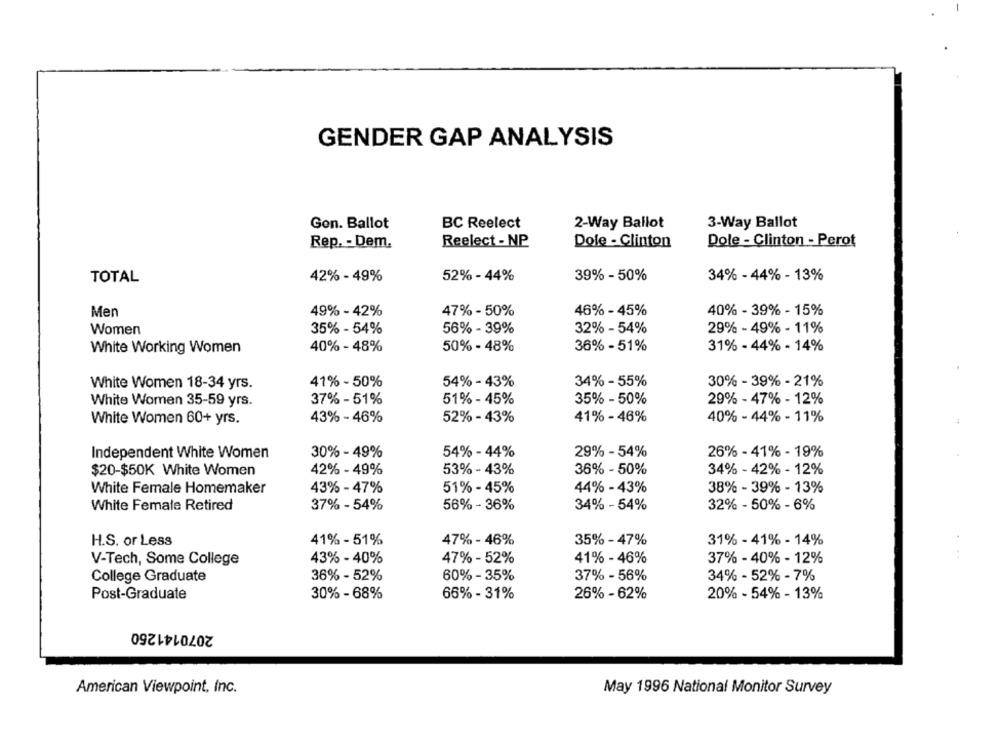
GENDER GAP ANALYSIS
Gon. Ballot
BC Reelect
2-Way Ballot
3-Way Ballot
Rep. - Dem.
Reelect - NP
Dole - Clinton
Dole - Clinton - Perot
TOTAL
42% - 49%
52% - 44%
39% - 50%
34% - 44% - 13%
49% - 42%
47% - 50%
46% - 45%
40% - 39% - 15%
Men
Women
35% - 54%
56% - 39%
32% - 54%
29% - 49% - 11%
White Working Women
40% - 48%
50% - 48%
36% - 51%
31% - 44% - 14%
White Women 18-34 yrs.
41% - 50%
54% - 43%
34% - 55%
30% - 39% - 21%
37% - 51%
51% - 45%
35% - 50%
29% - 47% - 12%
White Women 35-59 yrs.
White Women 60+ yrs.
43% - 46%
52% - 43%
41% - 46%
40% - 44% - 11%
26% - 41% - 19%
Independent White Women
30% - 49%
54% - 44%
29% - 54%
$20-$50K White Women
42% - 49%
53% - 43%
36% - 50%
34% - 42% - 12%
White Female Homemaker
43% - 47%
51% - 45%
44% - 43%
38% - 39% - 13%
32% - 50% - 6%
White Female Retired
37% - 54%
56% - 36%
34% - 54%
H.S. or Less
41% - 51%
47% - 46%
35% - 47%
31% - 41% - 14%
V-Tech, Some College
43% - 40%
47% - 52%
41% - 46%
37% - 40% - 12%
College Graduate
36% - 52%
60% - 35%
37% - 56%
34% - 52% - 7%
66% - 31%
26% - 62%
Post-Graduate
30% - 68%
20% - 54% - 13%
2070141250
American Viewpoint, Inc.
May 1996 National Monitor Survey